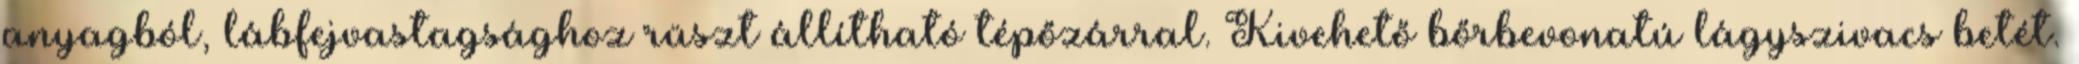
anyagból, lábfejvastagsághoz rüszt állítható tépőzárral. Kivehető bőrbevonatú lágyszivacs betét.